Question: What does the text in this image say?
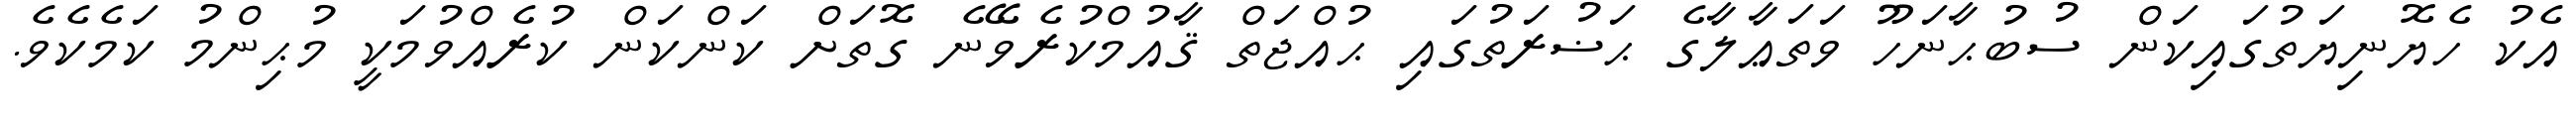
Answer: އެކު ހެޔޮނިޔަތުގައިކަން ސުބުޙާނަހޫ ވަތަޢާލާގެ ޙަޟުރަތުގައި ޙުއްޖަތް ޤާއުމްކުރެވޭނެ ގޮތަށް ކަންކަން ކުރެއްވުމަކީ މުޙިންމު ކަމެކެވެ.